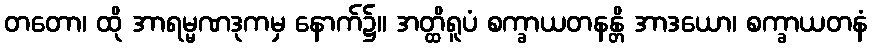
တတော၊ ထို အာရမ္မဏဒုကမှ နောက်၌။ အတ္ထိရူပံ စက္ခာယတနန္တိ အာဒယော၊ စက္ခာယတနံ